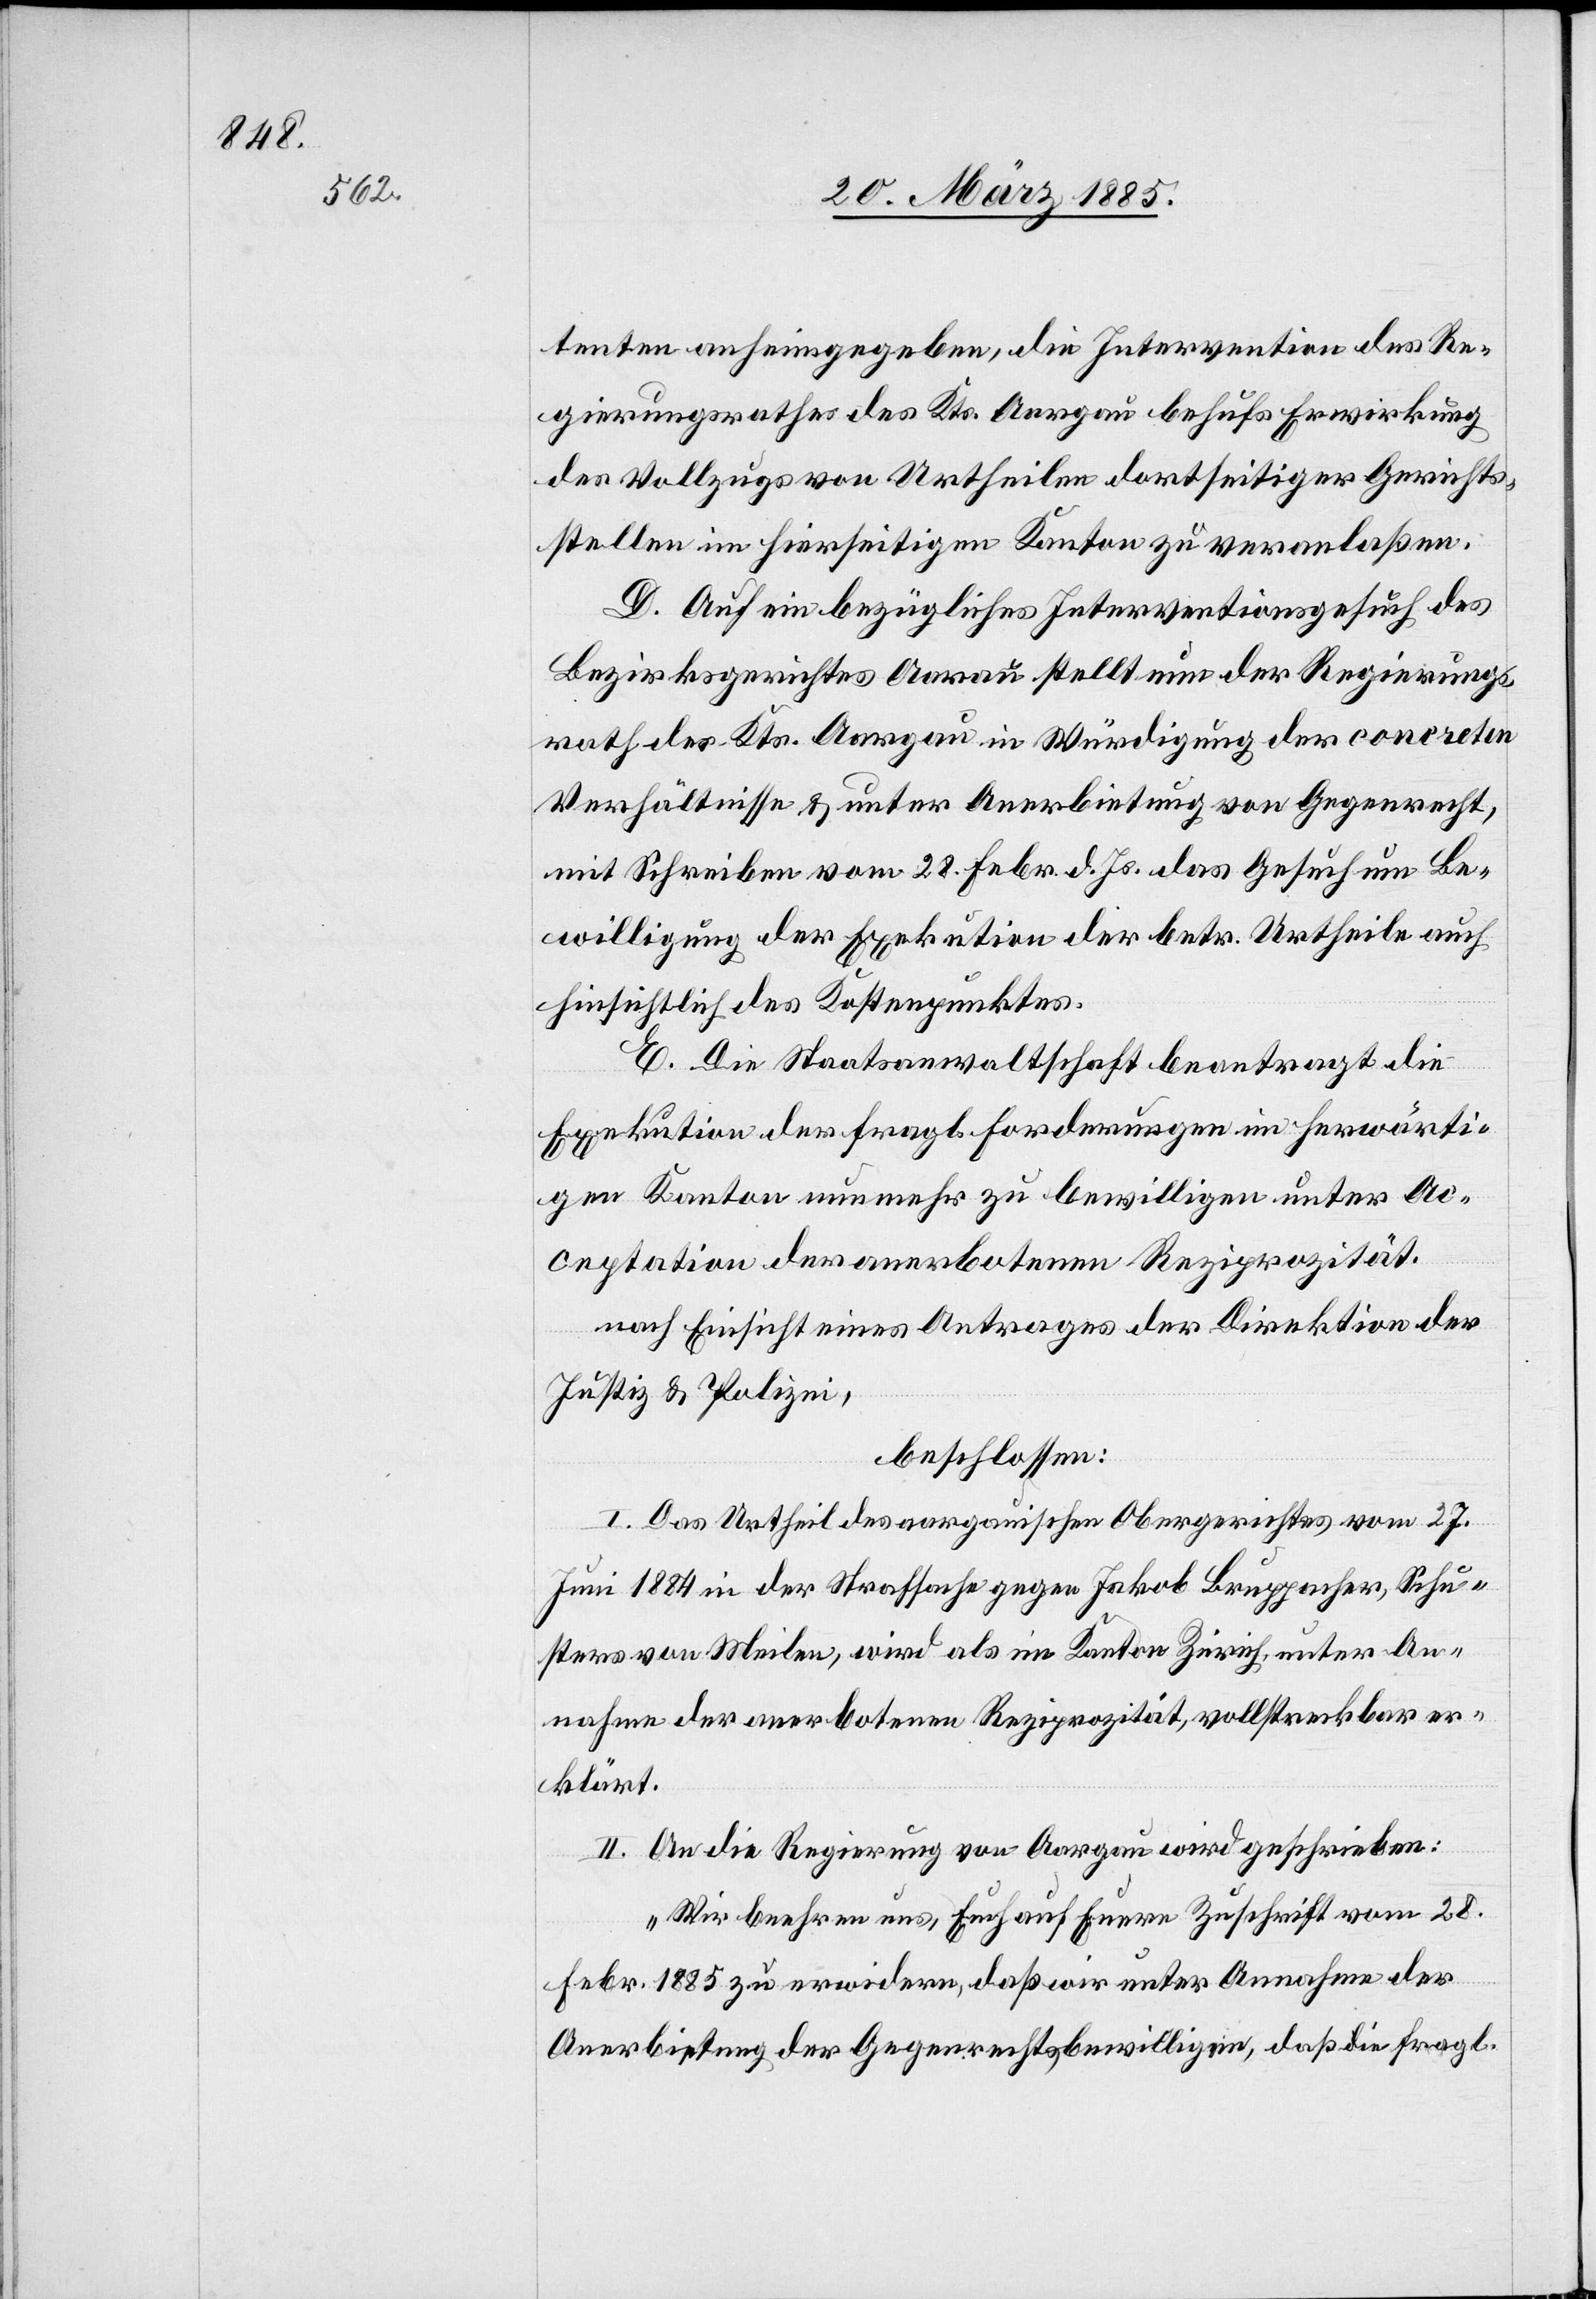
tenten anheimgegeben, die Intervention des Re¬
gierungsrathes des Kts. Aargau behufs Erwirkung
des Vollzugs von Urtheilen dortseitiger Gerichts¬
stellen im hierseitigen Kanton zu veranlaßen.
D. Auf ein bezügliches Interventionsgesuch des
Bezirksgerichtes Aarau stellt nun der Regierungs¬
rath des Kts. Aargau in Würdigung der concreten
Verhältnisse & unter Anerbietung von Gegenrecht,
mit Schreiben vom 28. Febr. d. Js. das Gesuch um Be¬
willigung der Exekution der betr. Urtheile auch
hinsichtlich des Kostenpunktes.
E. Die Staatsanwaltschaft beantragt die
Exekution der fragl. Forderungen im herwärti¬
gen Kanton nunmehr zu bewilligen unter Ac¬
ceptation der anerbotenen Reziprozität.
nach Einsicht eines Antrages der Direktion der
Justiz & Polizei,
beschlossen:
I. Das Urtheil des aargauischen Obergerichtes vom 27.
Juni 1884 in der Strafsache gegen Jakob Bruppacher, Schu¬
sters von Meilen, wird als im Kanton Zürich, unter An¬
nahme der anerbotenen Reziprozität, vollstreckbar er¬
klärt.
II. An die Regierung von Aargau wird geschrieben:
„Wir beehren uns, Euch auf Euere Zuschrift vom 28.
Febr. 1885 zu erwidern, daß wir unter Annahme der
Anerbietung der Gegenrechtbewilligun[g], daß die fragl.